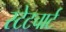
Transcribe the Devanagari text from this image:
स्टेटचार्ट